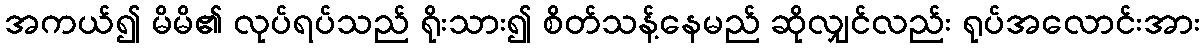
အကယ်၍ မိမိ၏ လုပ်ရပ်သည် ရိုးသား၍ စိတ်သန့်နေမည် ဆိုလျှင်လည်း ရုပ်အလောင်းအား